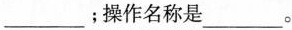
___；操作名称是___。